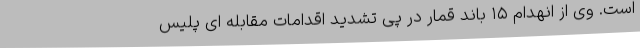
است. وی از انهدام ۱۵ باند قمار در پی تشدید اقدامات مقابله ای پلیس